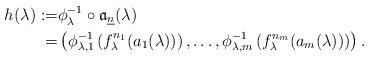
LaTeX: \begin{align*}h(\lambda) := & \phi_\lambda^{-1}\circ \mathfrak{a}_{\underline{n}}(\lambda)\\ = & \left(\phi_{\lambda,1}^{-1}\left(f_\lambda^{n_1}(a_1(\lambda))\right),\ldots,\phi_{\lambda,m}^{-1}\left(f_\lambda^{n_m}(a_m(\lambda))\right)\right).\end{align*}